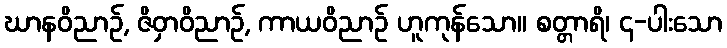
ဃာနဝိညာဉ်, ဇိဝှာဝိညာဉ်, ကာယဝိညာဉ် ဟူကုန်သော။ စတ္တာရိ၊ ၄-ပါးသော